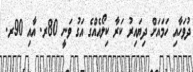
ދުވަހާއި ހަމައަށް ދިޔައިރު ކަރާ ކިލޯއެއްގެ އަގު ވަނީ 80ރ. އާއި 90ރ.